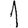
Digit: 1